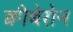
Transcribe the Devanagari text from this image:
क्वीबेरोन